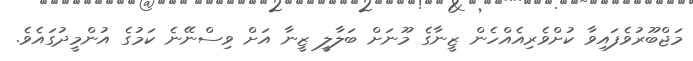
މަޖްބޫރުވެފައިވާ ކުށްވެރިއެއްހެން ޒީނާގެ މޫނަށް ބަލާލީ ޒީނާ އަށް ވިސްނޭނެ ކަމުގެ އުންމީދުގައެވެ.